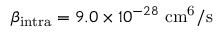
\beta _ { \mathrm { { i n t r a } } } = 9 . 0 \times 1 0 ^ { - 2 8 } ~ \mathrm { { c m ^ { 6 } / s } }